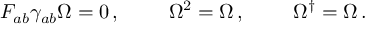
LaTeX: \begin{array} { c c c } { { F _ { a b } \gamma _ { a b } \Omega = 0 \, , ~ ~ } } & { { ~ ~ \Omega ^ { 2 } = \Omega \, , ~ ~ } } & { { ~ ~ \Omega ^ { \dagger } = \Omega \, . } } \end{array}